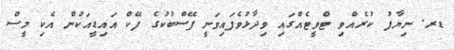
ޑރ. ނިޔާފު ކުރެއްވި ޓްވީޓެއްގައި ވިދާޅުވެފައިވަނީ ފޭސްބުކުގެ ފޭކް އައިޑީއަކުން އެކި މީސް